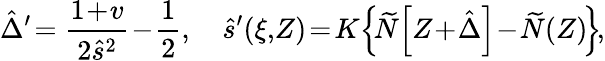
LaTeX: \hat{\Delta}^{\prime}\! =\displaystyle\frac{1\! +\! v}{2\hat{s}^{2}}\! -\! \frac 12,\quad\hat{s}^{\prime}(\xi,\! Z)\! =\! K\! \left\{ \! \widetilde{N}\! \left[Z\! +\! \hat{\Delta}\right]\! -\! \widetilde{N}(Z)\! \right\} \! ,